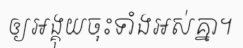
ឲ្យអង្គុយចុះទាំងអស់គ្នា។